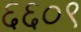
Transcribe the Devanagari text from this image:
६६०९